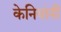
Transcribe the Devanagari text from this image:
केनियांनी